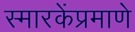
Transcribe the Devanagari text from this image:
स्मारकेंप्रमाणे